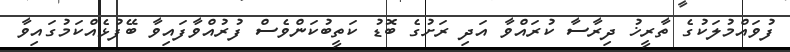
ފުވައްމުލަކުގެ ތާރީޚު ދިރާސާ ކުރައްވާ އަދި ރަށުގެ ބޮޑު ކަތީބުކަންވެސް ފުރުއްވާފައިވާ ބޭފުޅެއްކަމުގައިވާ